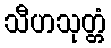
သီဟသုတ္တံ